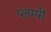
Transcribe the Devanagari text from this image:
प्लम्पी